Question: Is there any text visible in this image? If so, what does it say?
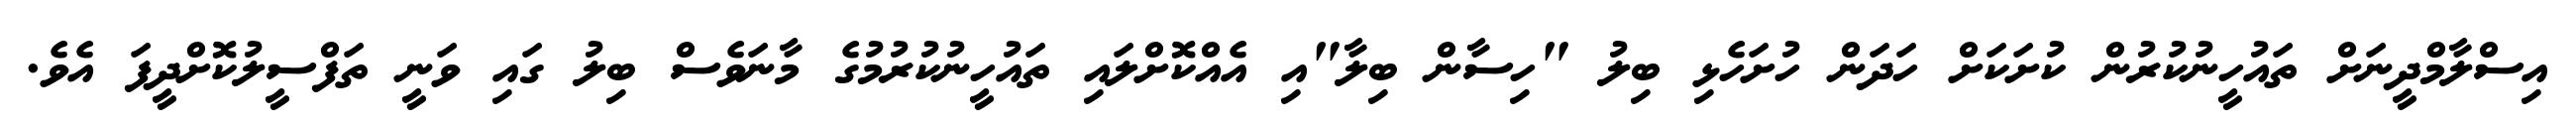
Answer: އިސްލާމްދީނަށް ތައުހީނުކުރުން ކުށަކަށް ހަދަން ހުށަހެޅި ބިލު "ހިސާން ބިލާ"އި އެއްކޮށްލައި ތައުހީނުކުރުމުގެ މާނަވެސް ބިލު ގައި ވަނީ ތަފްސީލުކޮށްދީފަ އެވެ.